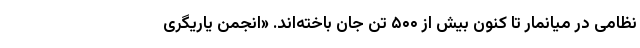
نظامی در میانمار تا کنون بیش از ۵۰۰ تن جان باخته‌اند. «انجمن یاریگریِ